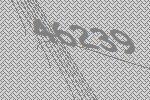
46239